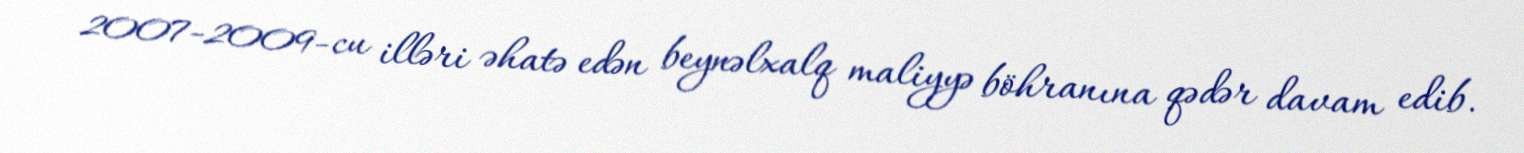
2007-2009-cu illəri əhatə edən beynəlxalq maliyyə böhranına qədər davam edib.